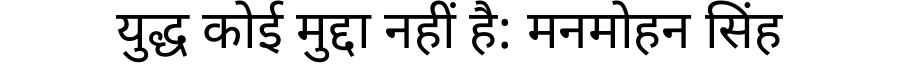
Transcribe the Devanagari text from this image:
युद्ध कोई मुद्दा नहीं है: मनमोहन सिंह